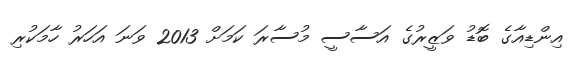
އިންޑިއާގެ ބޮޑު ވަޒީރުގެ އަސާސީ މުސާރަ ކަމަށް 2013 ވަނަ އަހަރު ހާމަކުރި